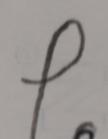
Signature authenticity: forged